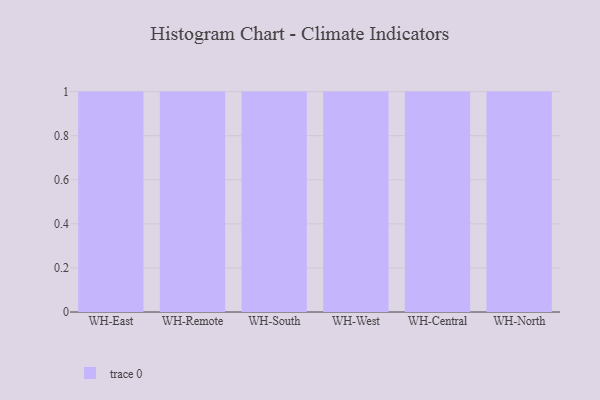
{"axis": {"x": "Warehouse", "y": "Population (Million)"}, "legend": [""], "data": [{"x": "WH-East", "y": 64, "type": ""}, {"x": "WH-Remote", "y": 7, "type": ""}, {"x": "WH-South", "y": 98, "type": ""}, {"x": "WH-West", "y": 98, "type": ""}, {"x": "WH-Central", "y": 37, "type": ""}, {"x": "WH-North", "y": 62, "type": ""}]}